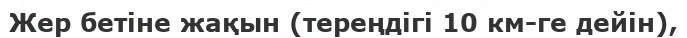
Жер бетіне жақын (тереңдігі 10 км-ге дейін),